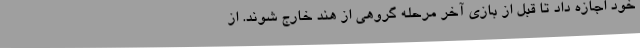
خود اجازه داد تا قبل از بازی آخر مرحله گروهی از هند خارج شوند. از